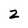
Character: z